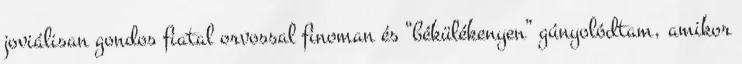
joviálisan gondos fiatal orvossal finoman és “békülékenyen” gúnyolódtam, amikor